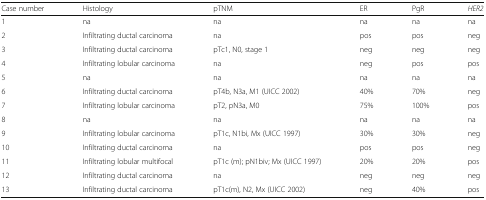
| Case number | Histology | pTNM | ER | PgR | HER2 |
 | --- | --- | --- | --- | --- | --- |
 | 1 | na | na | na | na | na |
 | 2 | Infiltrating ductal carcinoma | na | pos | pos | neg |
 | 3 | Infiltrating ductal carcinoma | pTc1, N0, stage 1 | neg | neg | neg |
 | 4 | Infiltrating lobular carcinoma | na | neg | pos | pos |
 | 5 | na | na | na | na | na |
 | 6 | Infiltrating ductal carcinoma | pT4b, N3a, M1 (UICC 2002) | 40% | 70% | neg |
 | 7 | Infiltrating lobular carcinoma | pT2, pN3a, M0 | 75% | 100% | pos |
 | 8 | na | na | na | na | na |
 | 9 | Infiltrating lobular carcinoma | pT1c, N1bi, Mx (UICC 1997) | 30% | 30% | neg |
 | 10 | Infiltrating ductal carcinoma | na | pos | pos | neg |
 | 11 | Infiltrating lobular multifocal | pT1c (m); pN1biv; Mx (UICC 1997) | 20% | 20% | pos |
 | 12 | Infiltrating ductal carcinoma | na | neg | neg | neg |
 | 13 | Infiltrating ductal carcinoma | pT1c(m), N2, Mx (UICC 2002) | neg | 40% | pos |